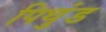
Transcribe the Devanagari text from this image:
पिथुंड